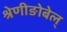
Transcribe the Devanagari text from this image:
श्रेणीङोबेल्